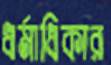
ধর্মাধিকার